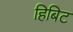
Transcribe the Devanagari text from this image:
हिबिट